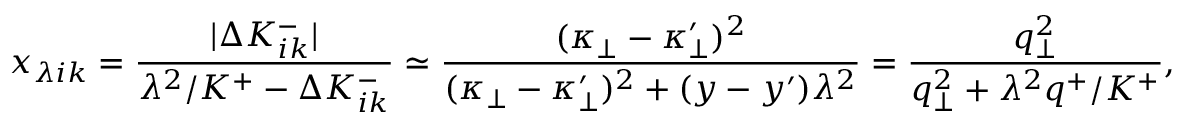
x _ { \lambda i k } = { \frac { | \Delta K _ { i k } ^ { - } | } { \lambda ^ { 2 } / K ^ { + } - \Delta K _ { i k } ^ { - } } } \simeq { \frac { ( \kappa _ { \bot } - \kappa _ { \bot } ^ { \prime } ) ^ { 2 } } { ( \kappa _ { \bot } - \kappa _ { \bot } ^ { \prime } ) ^ { 2 } + ( y - y ^ { \prime } ) \lambda ^ { 2 } } } = { \frac { q _ { \bot } ^ { 2 } } { q _ { \bot } ^ { 2 } + \lambda ^ { 2 } q ^ { + } / K ^ { + } } } ,